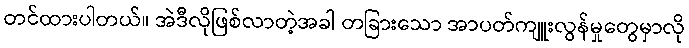
တင်ထားပါတယ်။ အဲဒီလိုဖြစ်လာတဲ့အခါ တခြားသော အာပတ်ကျူးလွန်မှုတွေမှာလို